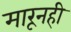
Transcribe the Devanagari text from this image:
मारूनही